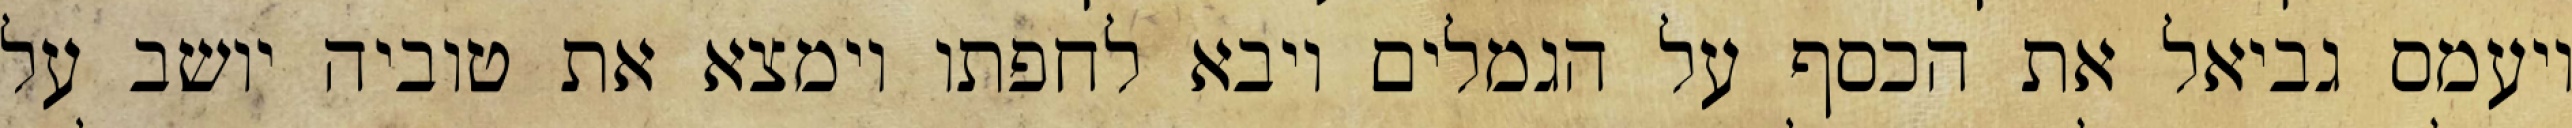
ויעמס גביאל את הכסף על הגמלים ויבא לחפתו וימצא את טוביה יושב על